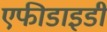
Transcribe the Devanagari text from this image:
एफीडाइडी